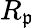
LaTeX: R_{\mathfrak{p}}